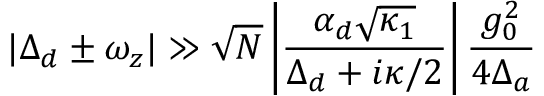
| \Delta _ { d } \pm \omega _ { z } | \gg \sqrt { N } \left| \frac { \alpha _ { d } \sqrt { \kappa _ { 1 } } } { \Delta _ { d } + i \kappa / 2 } \right| \frac { g _ { 0 } ^ { 2 } } { 4 \Delta _ { a } }